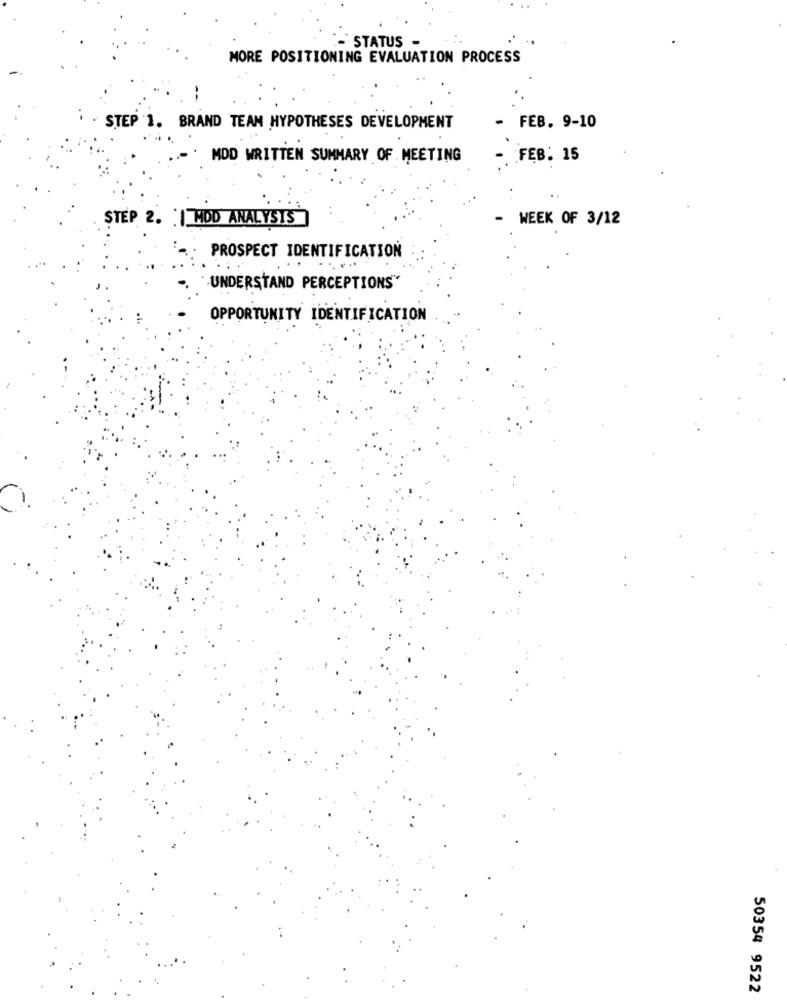
- STATUS -
MORE POSITIONING EVALUATION PROCESS
--
STEP 1. BRAND TEAM HYPOTHESES DEVELOPMENT
FEB. 9-10
MDD WRITTEN SUMMARY OF MEETING
FEB. 15
STEP 2. |MOD ANALYSTS
WEEK OF 3/12
PROSPECT IDENTIFICATION
UNDERSTAND PERCEPTIONS"
OPPORTUNITY IDENTIFICATION
50354 9522